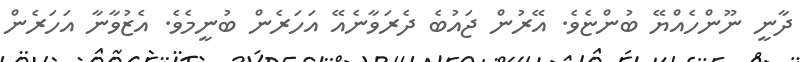
ދާނީ ނޫންހެއްޔޭ ބުންޏެވެ. އޭރުން ޖައުބެ ދެރަވާނެއޭ އަހަރެން ބުނީމެވެ. އެޒުވާނާ އަހަރެން